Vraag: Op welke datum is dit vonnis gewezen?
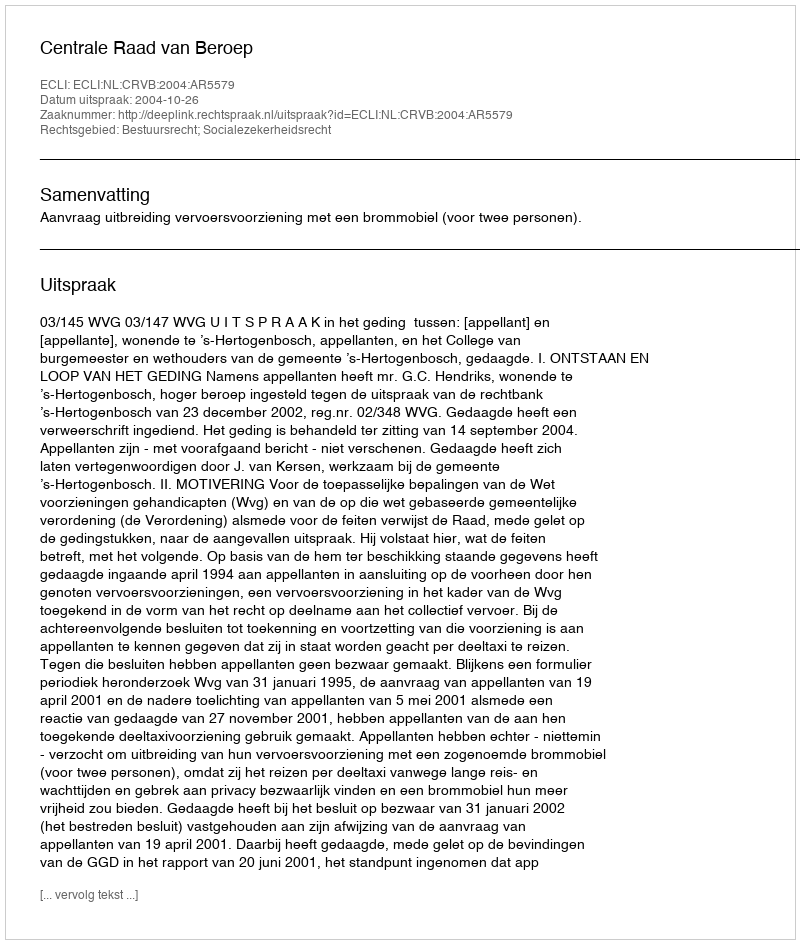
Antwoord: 2004-10-26